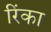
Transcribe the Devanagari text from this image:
रिंका